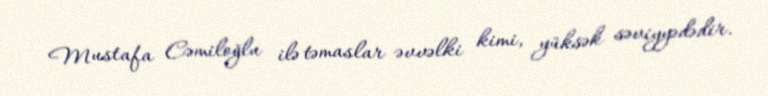
Mustafa Cəmiloğlu ilə təmaslar əvvəlki kimi, yüksək səviyyədədir.